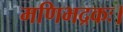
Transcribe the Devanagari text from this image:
मणिभद्रकः।